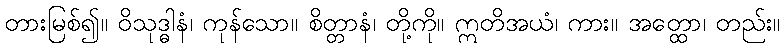
တားမြစ်၍။ ဝိသုဒ္ဓါနံ၊ ကုန်သော။ စိတ္တာနံ၊ တို့ကို။ ဣတိအယံ၊ ကား။ အတ္ထော၊ တည်း။